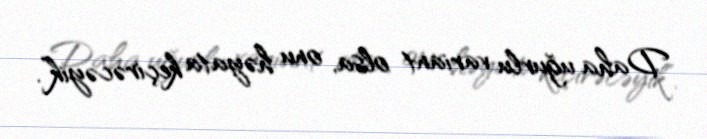
Daha uğurlu variant olsa, onu həyata keçirəcəyik”.